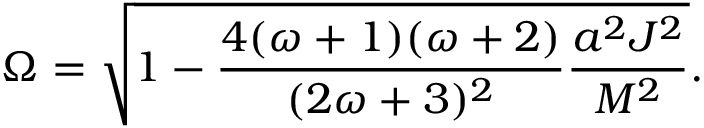
\Omega = \sqrt { 1 - \frac { 4 ( \omega + 1 ) ( \omega + 2 ) } { ( 2 \omega + 3 ) ^ { 2 } } \frac { a ^ { 2 } J ^ { 2 } } { M ^ { 2 } } } .